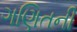
ગણિતની